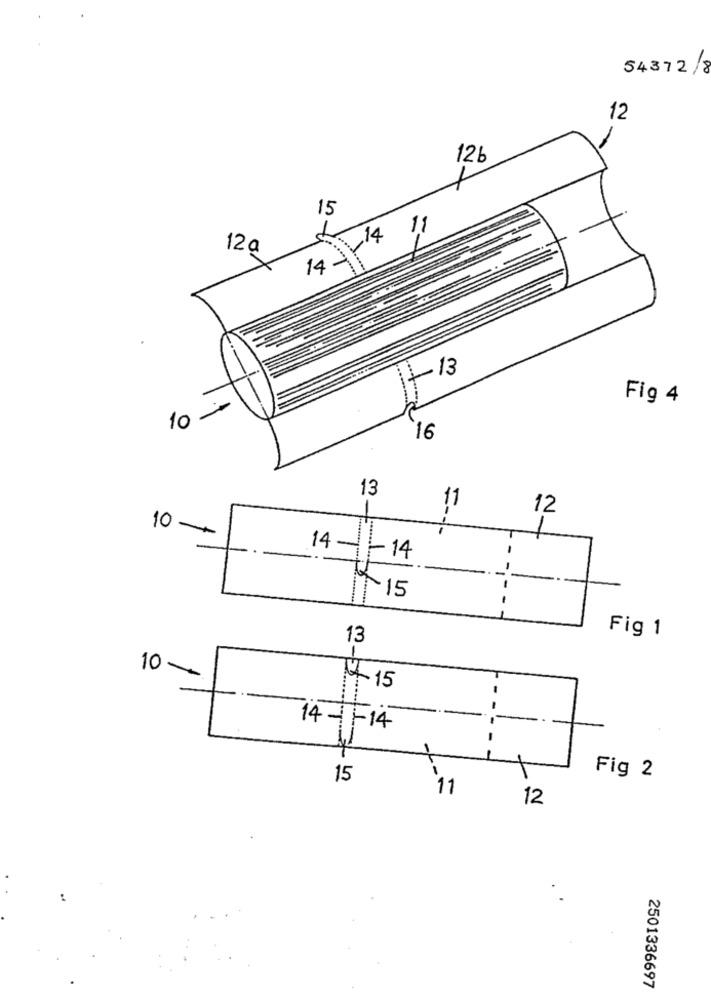
54372 /8
12
-
12b
15
11
14
12 a
14-
+13
Fig 4
10
16
13
11
12
10 -
14- - 14
15
1
1
Fig 1
13
10-
T
4-15
1
14-11-14
11
15
Fig 2
11
12
2501336697